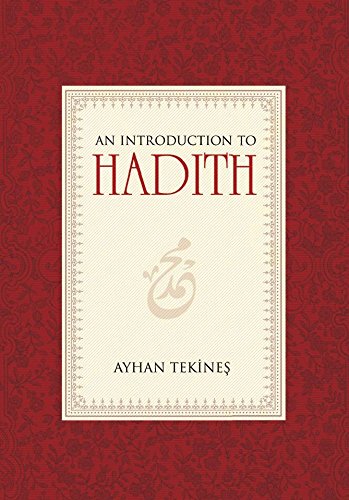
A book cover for An Introduction to Hadith; Ayhan Tekines; Religion & Spirituality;